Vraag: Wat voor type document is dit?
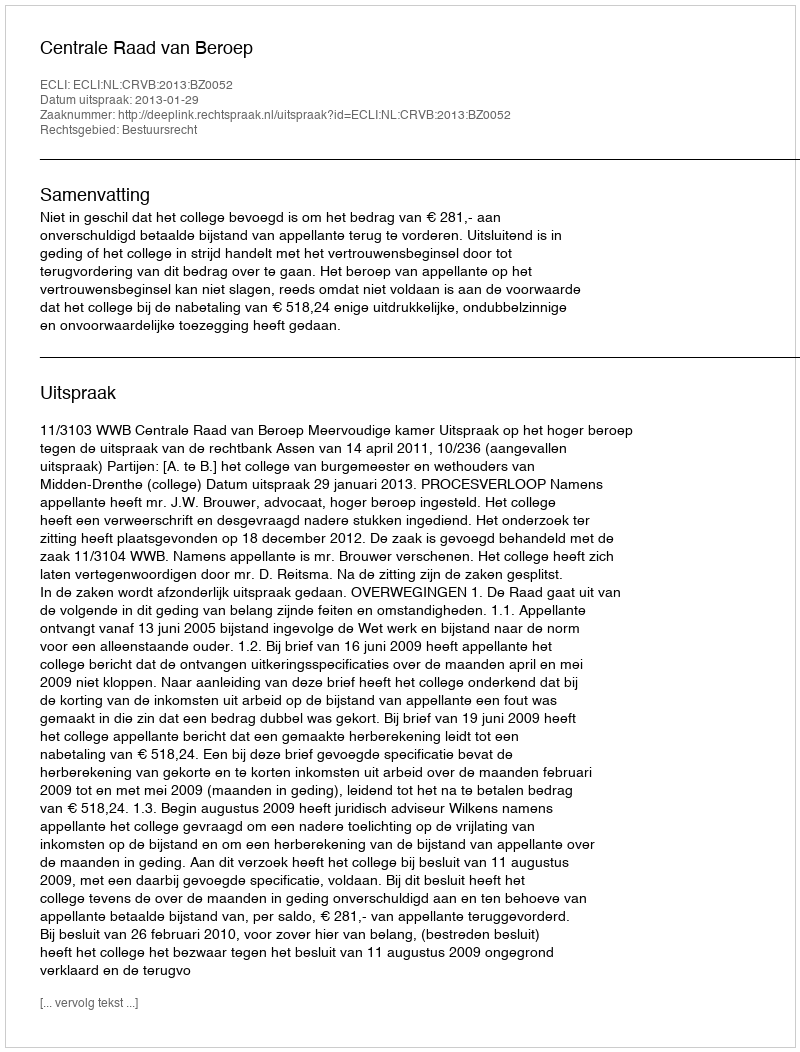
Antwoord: Uitspraak